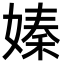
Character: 嫀